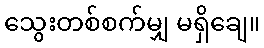
သွေးတစ်စက်မျှ မရှိချေ။